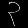
Digit: ၃